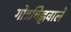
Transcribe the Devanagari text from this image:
गोत्रचिह्नवाले